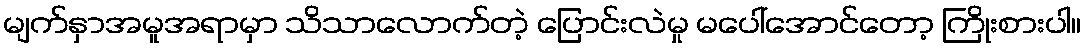
မျက်နှာအမူအရာမှာ သိသာလောက်တဲ့ ပြောင်းလဲမှု မပေါ်အောင်တော့ ကြိုးစားပါ။